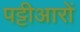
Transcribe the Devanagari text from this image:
पट्टीआरों